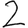
Digit: 2